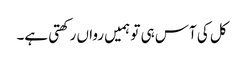
کل کی آس ہی تو ہمیں رواں رکھتی ہے۔